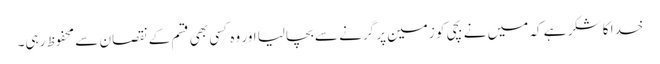
خدا کا شکر ہے کہ میں نے بچی کو زمین پر گرنے سے بچالیا اور وہ کسی بھی قسم کے نقصان سے محفوظ رہی۔